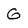
Character: G